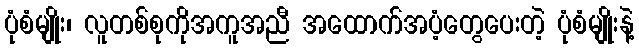
ပုံစံမျိုး၊ လူတစ်စုကိုအကူအညီ အထောက်အပံ့တွေပေးတဲ့ ပုံစံမျိုးနဲ့